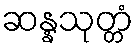
ဆန္နသုတ္တံ